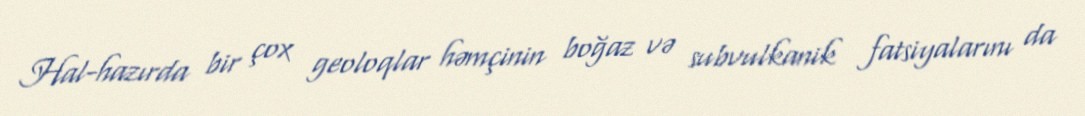
Hal-hazırda bir çox geoloqlar həmçinin boğaz və subvulkanik fatsiyalarını da